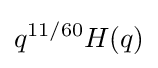
q^{11/60}H(q)